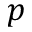
p